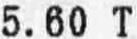
5.60 T